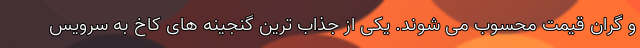
و گران قیمت محسوب می شوند. یکی از جذاب ترین گنجینه های کاخ به سرویس